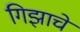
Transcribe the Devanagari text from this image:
गिझाचे